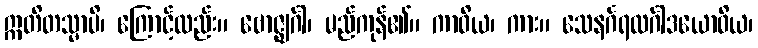
ဣတိတသ္မာပိ၊ ကြောင့်လည်း။ ဗောဇ္ဈင်္ဂါ၊ မည်ကုန်၏။ ကာဝိယ၊ ကား။ သေနင်္ဂရထင်္ဂါဒယောဝိယ၊